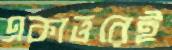
একাত্তরেই